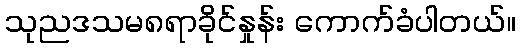
သုညဒသမ၈ရာခိုင်နှုန်း ကောက်ခံပါတယ်။